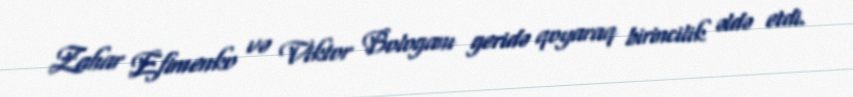
Zahar Efimenko və Viktor Bologanı geridə qoyaraq birincilik əldə etdi.